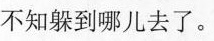
不知躲到哪儿去了。